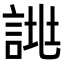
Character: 𧨙